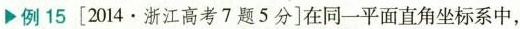
例15[2014.浙江高考7题5分]在同一平面直角坐标系中，